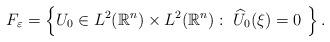
LaTeX: \begin{align*} F_\varepsilon = \left\{ U_0\in L^2(\mathbb R^n)\times L^2(\mathbb R^n) : \ \widehat{U}_0(\xi)=0 \ \right\}.\end{align*}